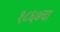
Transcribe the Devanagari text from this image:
१८६७चा